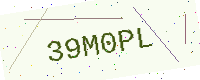
Text: 39M0PL